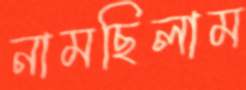
নামছিলাম